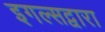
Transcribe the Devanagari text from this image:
इगल्सद्वारा